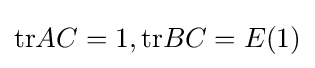
{\text{tr}}AC=1,{\text{tr}}BC=E(1)